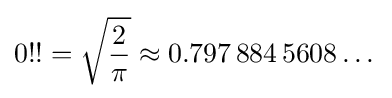
0!!={\sqrt {\frac {2}{\pi }}}\approx 0.797\,884\,5608\dots